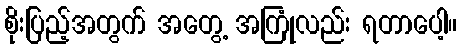
စိုးပြည့်အတွက် အတွေ့ အကြုံလည်း ရတာပေါ့။